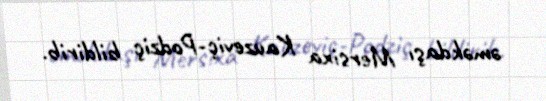
əməkdaşı Mersixa Kauzeviç-Podziç bildirib.